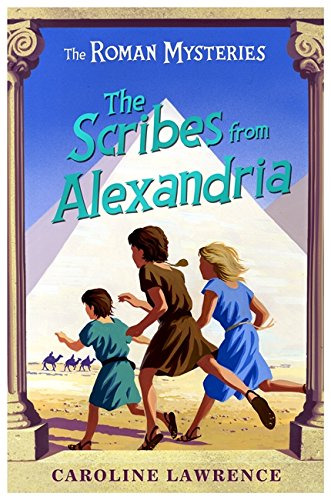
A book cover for The Scribes from Alexandria (The Roman Mysteries); Caroline Lawrence; Teen & Young Adult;